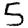
Digit: 5